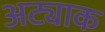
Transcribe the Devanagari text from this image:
अट्याक